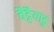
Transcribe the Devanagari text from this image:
वैट्टैयाडु